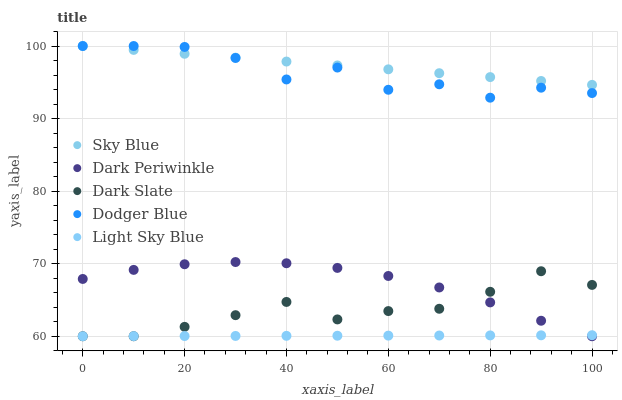
| xaxis_label | Sky Blue | Dark Periwinkle | Dark Slate | Dodger Blue | Light Sky Blue |
 | --- | --- | --- | --- | --- | --- |
 | 0 | 100 | 67.9 | 60 | 100 | 60 |
 | 10 | 99.5 | 69.1 | 60 | 100 | 60 |
 | 20 | 98.9 | 69.9 | 61.3 | 99.9 | 60 |
 | 30 | 98.4 | 70.2 | 62.9 | 98.4 | 60 |
 | 40 | 97.9 | 70.1 | 64.7 | 95.4 | 60.1 |
 | 50 | 97.3 | 69.4 | 62.3 | 97 | 60.1 |
 | 60 | 96.8 | 68.3 | 63.5 | 94 | 60.1 |
 | 70 | 96.3 | 66.7 | 63.8 | 94.7 | 60.1 |
 | 80 | 95.7 | 64.7 | 66.1 | 92.9 | 60.1 |
 | 90 | 95.2 | 62.1 | 69 | 94.3 | 60.1 |
 | 100 | 94.6 | 60 | 67.1 | 93.5 | 60.1 |